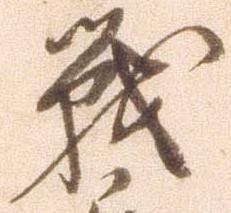
戦